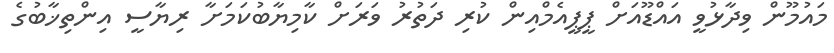
މައުމޫން ވިދާޅުވީ އައްޑޫއަށް ޕީޕީއެމްއިން ކުރި ދަތުރު ވަރަށް ކާމިޔާބުކަމަށާ ރިޔާސީ އިންތިޚާބުގެ